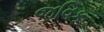
જવિક